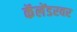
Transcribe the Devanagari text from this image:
कॅलेंडरवर